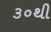
૩૦થી